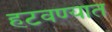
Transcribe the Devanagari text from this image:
हटवण्यात